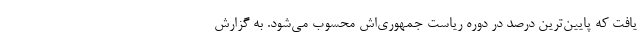
یافت که پایین‌ترین درصد در دوره ریاست جمهوری‌اش محسوب می‌شود. به گزارش